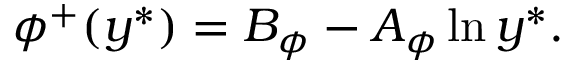
\phi ^ { + } ( y ^ { \ast } ) = B _ { \phi } - A _ { \phi } \ln y ^ { \ast } .